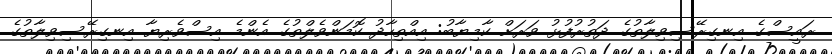
ރައީސްގެ އިނގިރޭސިވިލާތުގެ ދަތުރުފުޅު ވަރަށް ކާމިޔާބު: އިއްތިހާދު ކޮމަންވެލްތުގެ އެންމެ އިސްވެރިޔާ އިނގިރޭސިވިލާތުގެ